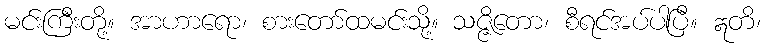
မင်းကြီးတို့။ အာဟာရော၊ စားတော်ထမင်းသို့။ သဇ္ဇိတော၊ စီရင်အပ်ပါပြီ။ ဣတိ၊